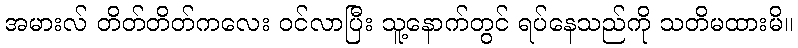
အမားလ် တိတ်တိတ်ကလေး ဝင်လာပြီး သူ့နောက်တွင် ရပ်နေသည်ကို သတိမထားမိ။